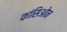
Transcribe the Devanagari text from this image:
कांसिओन